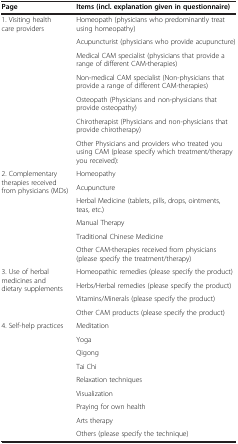
<table><thead><tr><td><b>Page</b></td><td><b>Items (incl. explanation given in questionnaire)</b></td></tr></thead><tbody><tr><td rowspan="7">1. Visiting health care providers</td><td>Homeopath (physicians who predominantly treat using homeopathy)</td></tr><tr><td>Acupuncturist (physicians who provide acupuncture)</td></tr><tr><td>Medical CAM specialist (physicians that provide a range of different CAM-therapies)</td></tr><tr><td>Non-medical CAM specialist (Non-physicians that provide a range of different CAM-therapies)</td></tr><tr><td>Osteopath (Physicians and non-physicians that provide osteopathy)</td></tr><tr><td>Chirotherapist (Physicians and non-physicians that provide chirotherapy)</td></tr><tr><td>Other Physicians and providers who treated you using CAM (please specify which treatment/therapy you received):</td></tr><tr><td rowspan="6">2. Complementary therapies received from physicians (MDs)</td><td>Homeopathy</td></tr><tr><td>Acupuncture</td></tr><tr><td>Herbal Medicine (tablets, pills, drops, ointments, teas, etc.)</td></tr><tr><td>Manual Therapy</td></tr><tr><td>Traditional Chinese Medicine</td></tr><tr><td>Other CAM-therapies received from physicians (please specify the treatment/therapy)</td></tr><tr><td rowspan="4">3. Use of herbal medicines and dietary supplements</td><td>Homeopathic remedies (please specify the product)</td></tr><tr><td>Herbs/Herbal remedies (please specify the product)</td></tr><tr><td>Vitamins/Minerals (please specify the product)</td></tr><tr><td>Other CAM products (please specify the product)</td></tr><tr><td rowspan="8">4. Self-help practices</td><td>Meditation</td></tr><tr><td>Yoga</td></tr><tr><td>Qigong</td></tr><tr><td>Tai Chi</td></tr><tr><td>Relaxation techniques</td></tr><tr><td>Visualization</td></tr><tr><td>Praying for own health</td></tr><tr><td>Arts therapy</td></tr><tr><td> </td><td>Others (please specify the technique)</td></tr></tbody></table>